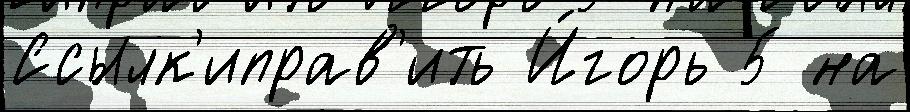
Ссылк'иправ'ить И́горь 5 на